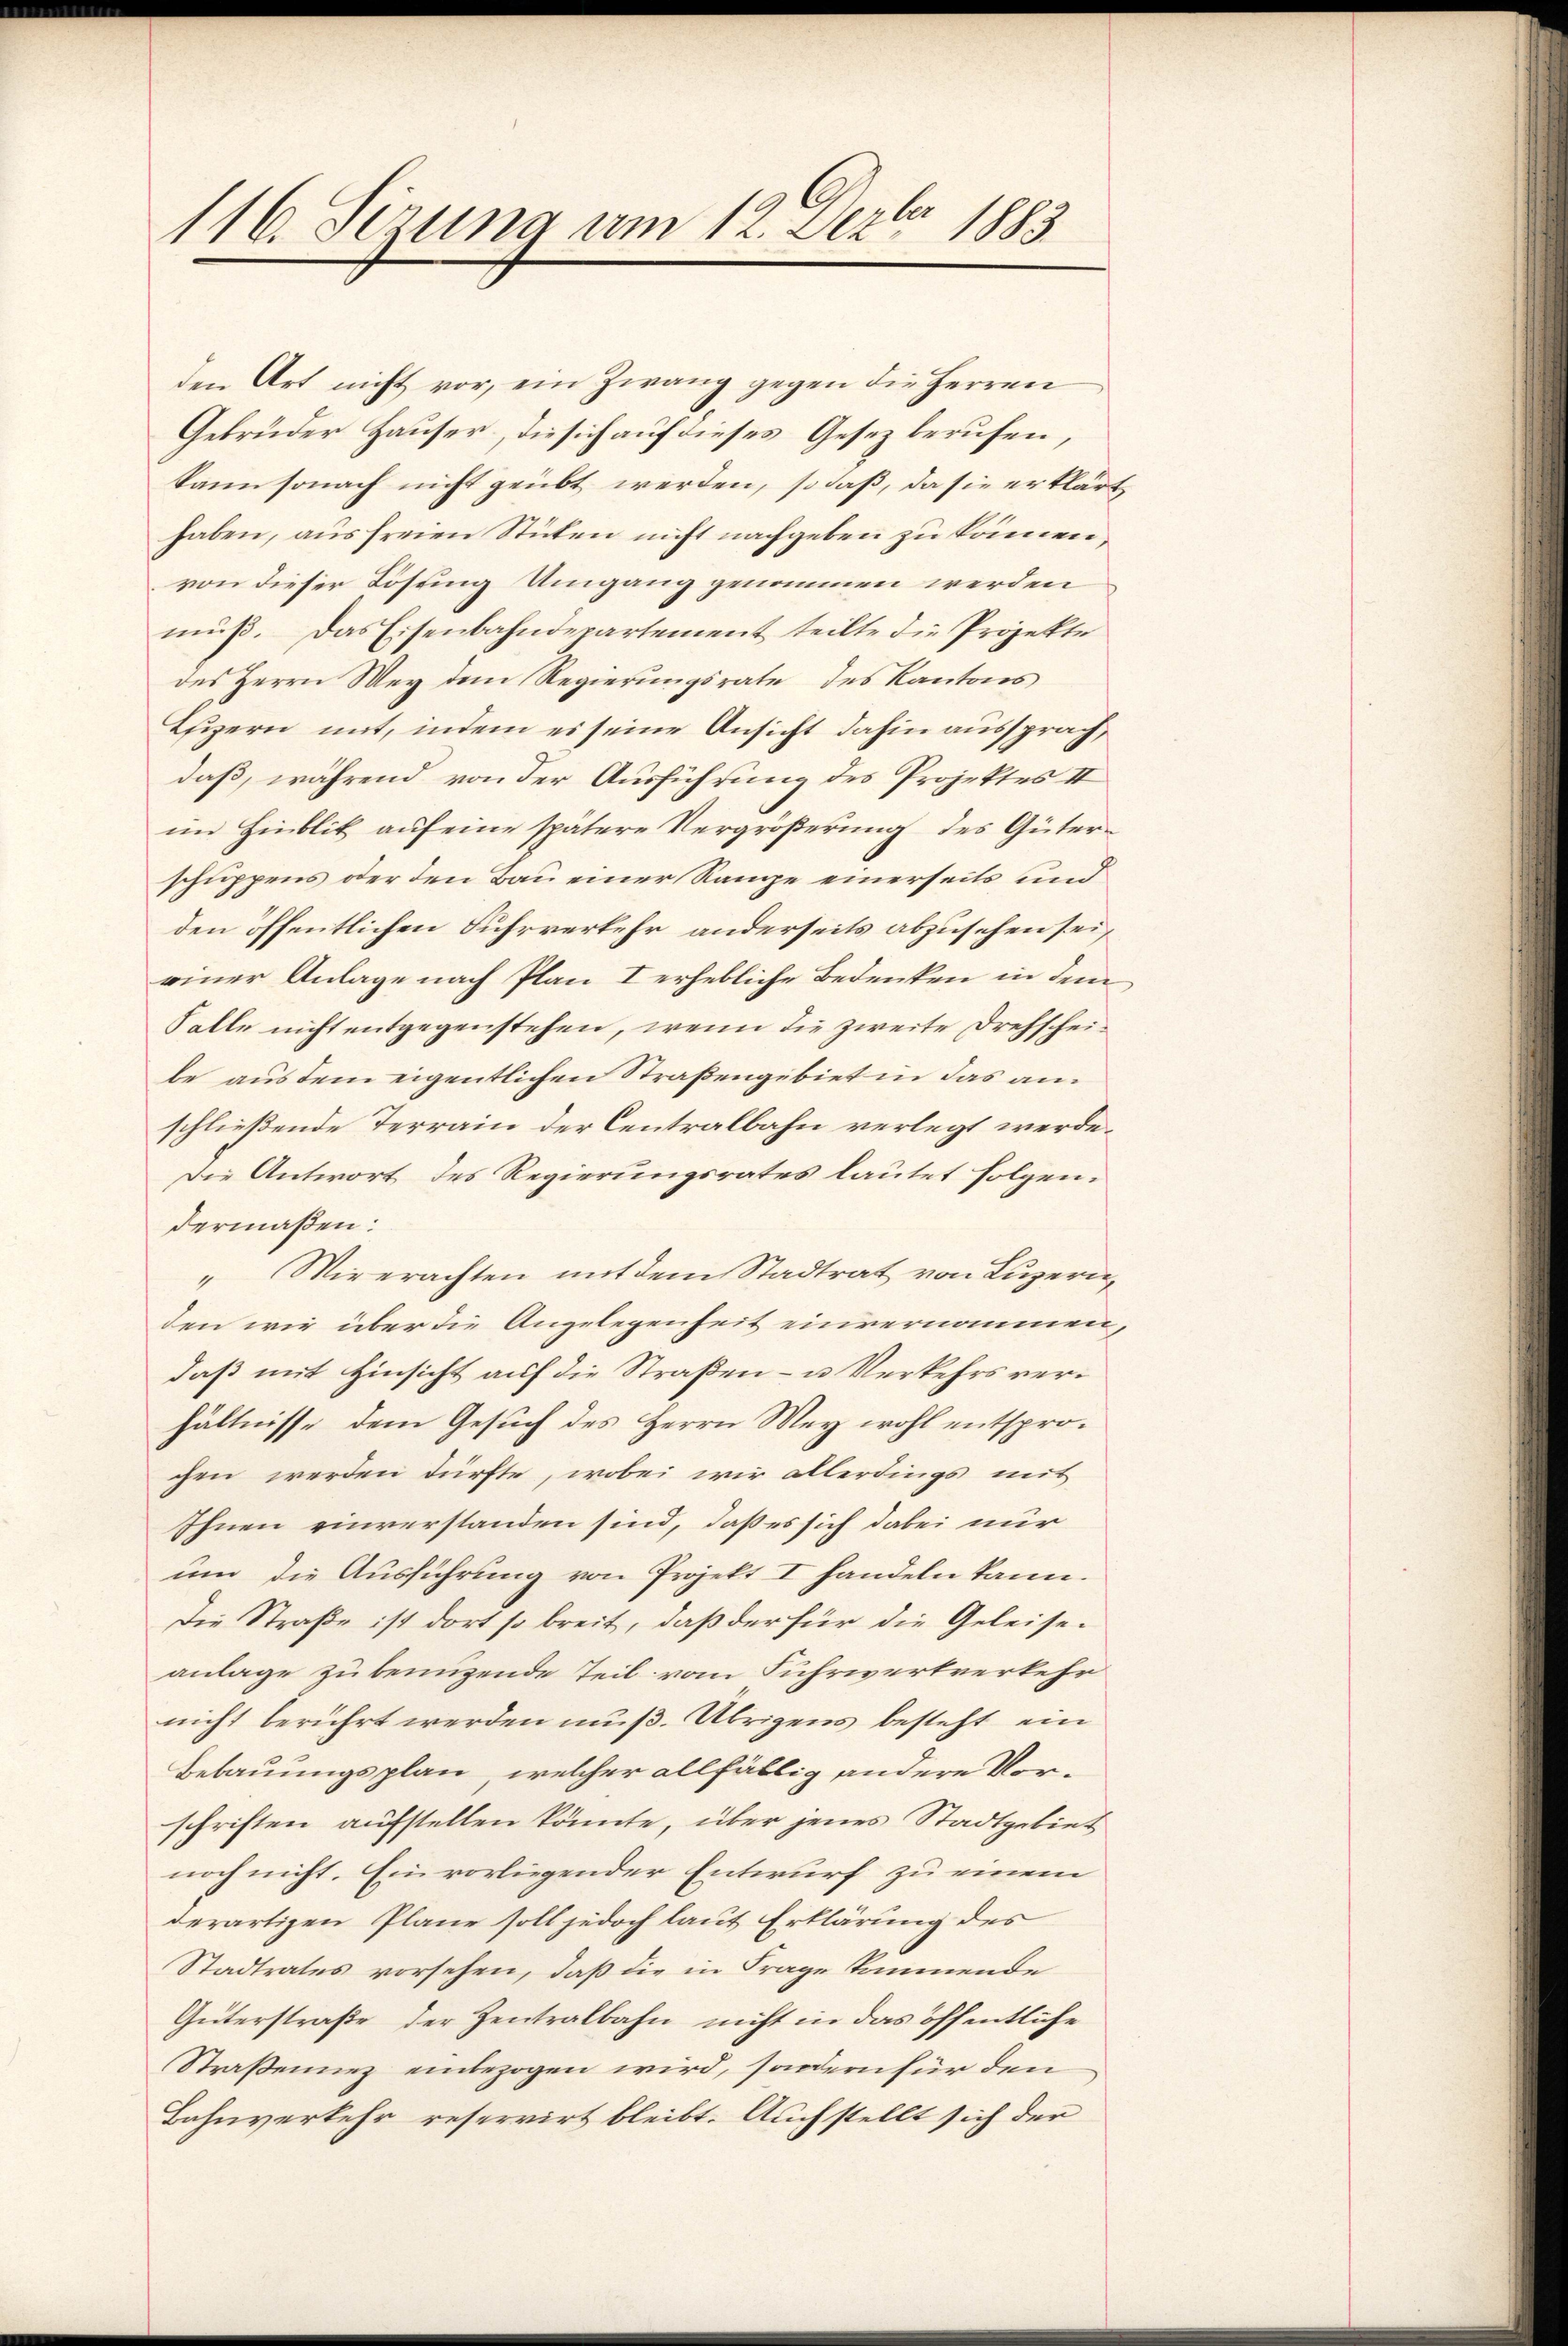
116. Serung am 12. Sept. 1883

den Art nicht vor, ein Zwang gegen die Herren
Gebrüder Hauser, die sich auf dieses Gesez berufen,
kann sonach nicht geübt werden, so daß, da sie erklärt
haben, aus freien Stücken nicht nachgeben zu können.
von dieser Lösung Umgang genommen werden
muß. Das Eisenbahndepartement teilte die Projekte
des Herrn Wey dem Regierungsrate des Kantons
Ehizern mit, indem es seine Ansicht dahin aussprach,
daß, während von der Ausführung des Projektes II
im Hinblik auf eine spätere Vergrößerung des Güterschuppens oder den Bau einer Range einerseits und
den öffentlichen Fuhrverkehr anderseits abzusehen sei,
einer Anlage nach Plan I erhebliche Bedenken in dem
Falle nicht entgegenstehen, wenn die zweite Drehscheibe aus dem eigentlichen Straßengebiet in das anschließende Terrain der Centralbahn verlegt werde.
Die Antwort des Regierungsrates lautet folgen.
dermaßen:
"Wirerachten mit dem Stadtrat von Luzern
den wir über die Angelegenheit einvernommen,
daß mit Hinsicht auf die Straßen- u Verkehrs verhältnisse dem Gesuch des Herrn Wey wohl entsprochen werden dürfte, wobei wir allerdings mit
Ihnen einverstanden sind, daß es sich dabei nur
um die Ausführung von Projekt I handeln kann.
Die Straße ist dort so breit, daß der für die Geleiseanlage zu benuzende Teil vom Fuhrwertverkehr
nicht berührt werden muß. Übrigens besteht, ein
Bebauungsplan, welcher allfällig andere Vorschriften aufstellen könnte, über jenes Stadtgebiet
noch nicht. Ein vorliegender Entwurf zu einem
derartigen Plane soll jedoch laut Erklärung des
Stadtrates vorsehen, daß die in Frage kommende
Güterstraße der Zentralbahn nicht in das öffentliche
Straßennez einbezogen wird, sondern für den
Bahnverkehr reservirt bleibt. Auch stellt sich der